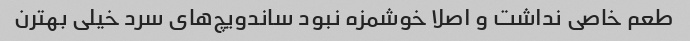
طعم خاصی نداشت و اصلا خوشمزه نبود ساندویچ‌های سرد خیلی بهترن